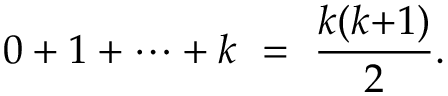
0 + 1 + \cdots + k \ = \ { \frac { k ( k { + } 1 ) } { 2 } } .